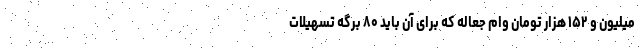
میلیون و ۱۵۲ هزار تومان وام جعاله که برای آن باید ۸۰ برگه تسهیلات